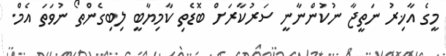
މީގެ އާޚިރު ނަތީޖާ ނުކުންނާނީ ސަރުކާރަށް ބޮޑެތި ކާމިޔާބީ ލިބިގެންތޯ ނުވަތަ އެމް.